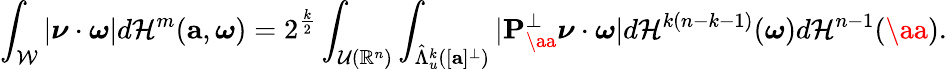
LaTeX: \int_{\mathcal W}|\boldsymbol{\nu}\cdot\boldsymbol{\omega}|d\mathcal H^{m}(\textbf{a},\boldsymbol{\omega})=2^{\frac{k}{2}}\int_{{\cal U}(\mathbb R^{n})}\int_{\hat{\Lambda}_{u}^{k}([{\mathbf a}]^{\perp})}|{\mathbf P}_{\aa}^{\perp}\boldsymbol{\nu}\cdot\boldsymbol{\omega}|d\mathcal H^{k(n-k-1)}(\boldsymbol{\omega})d\mathcal H^{n-1}(\aa).